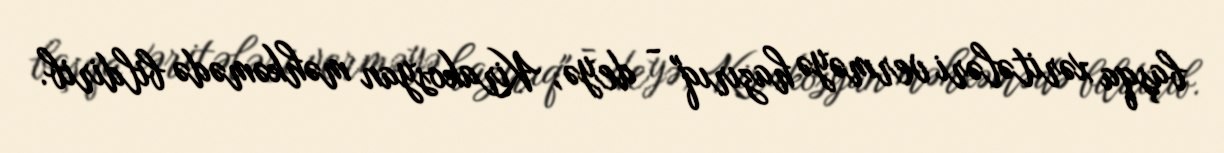
başqa xəritələri verməyə hazırıq" - deyə, Kirakosyan məhkəmədə bildirib.